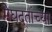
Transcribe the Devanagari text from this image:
मेघदूतांच्या